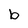
Character: b